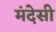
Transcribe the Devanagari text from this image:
मंदेसी